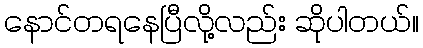
နောင်တရနေပြီလို့လည်း ဆိုပါတယ်။